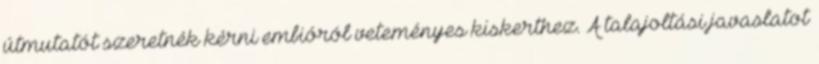
útmutatót szeretnék kérni embióról veteményes kiskerthez. A talajoltási javaslatot